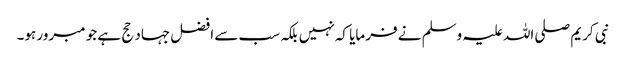
نبی کریم صلی اللہ علیہ وسلم نے فرمایا کہ نہیں بلکہ سب سے افضل جہاد حج ہے جو مبرور ہو۔